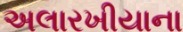
અલારખીયાના